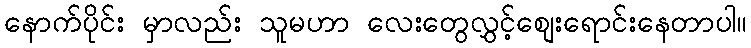
နောက်ပိုင်း မှာလည်း သူမဟာ လေးတွေလွှင့်စျေးရောင်းနေတာပါ။